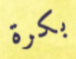
بكرة